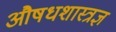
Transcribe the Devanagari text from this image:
औषधशास्त्रज्ञ